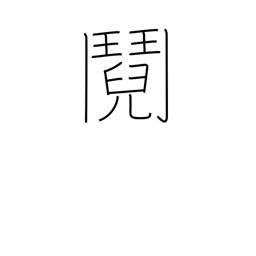
Meaning: quarrel